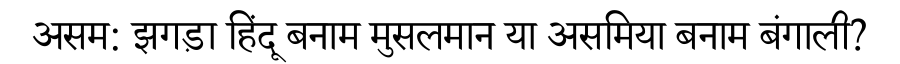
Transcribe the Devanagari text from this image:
असम: झगड़ा हिंदू बनाम मुसलमान या असमिया बनाम बंगाली?